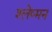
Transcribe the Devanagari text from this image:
श्‍लेष्‍मन